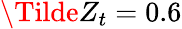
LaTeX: \Tilde{Z}_{t}=0.6